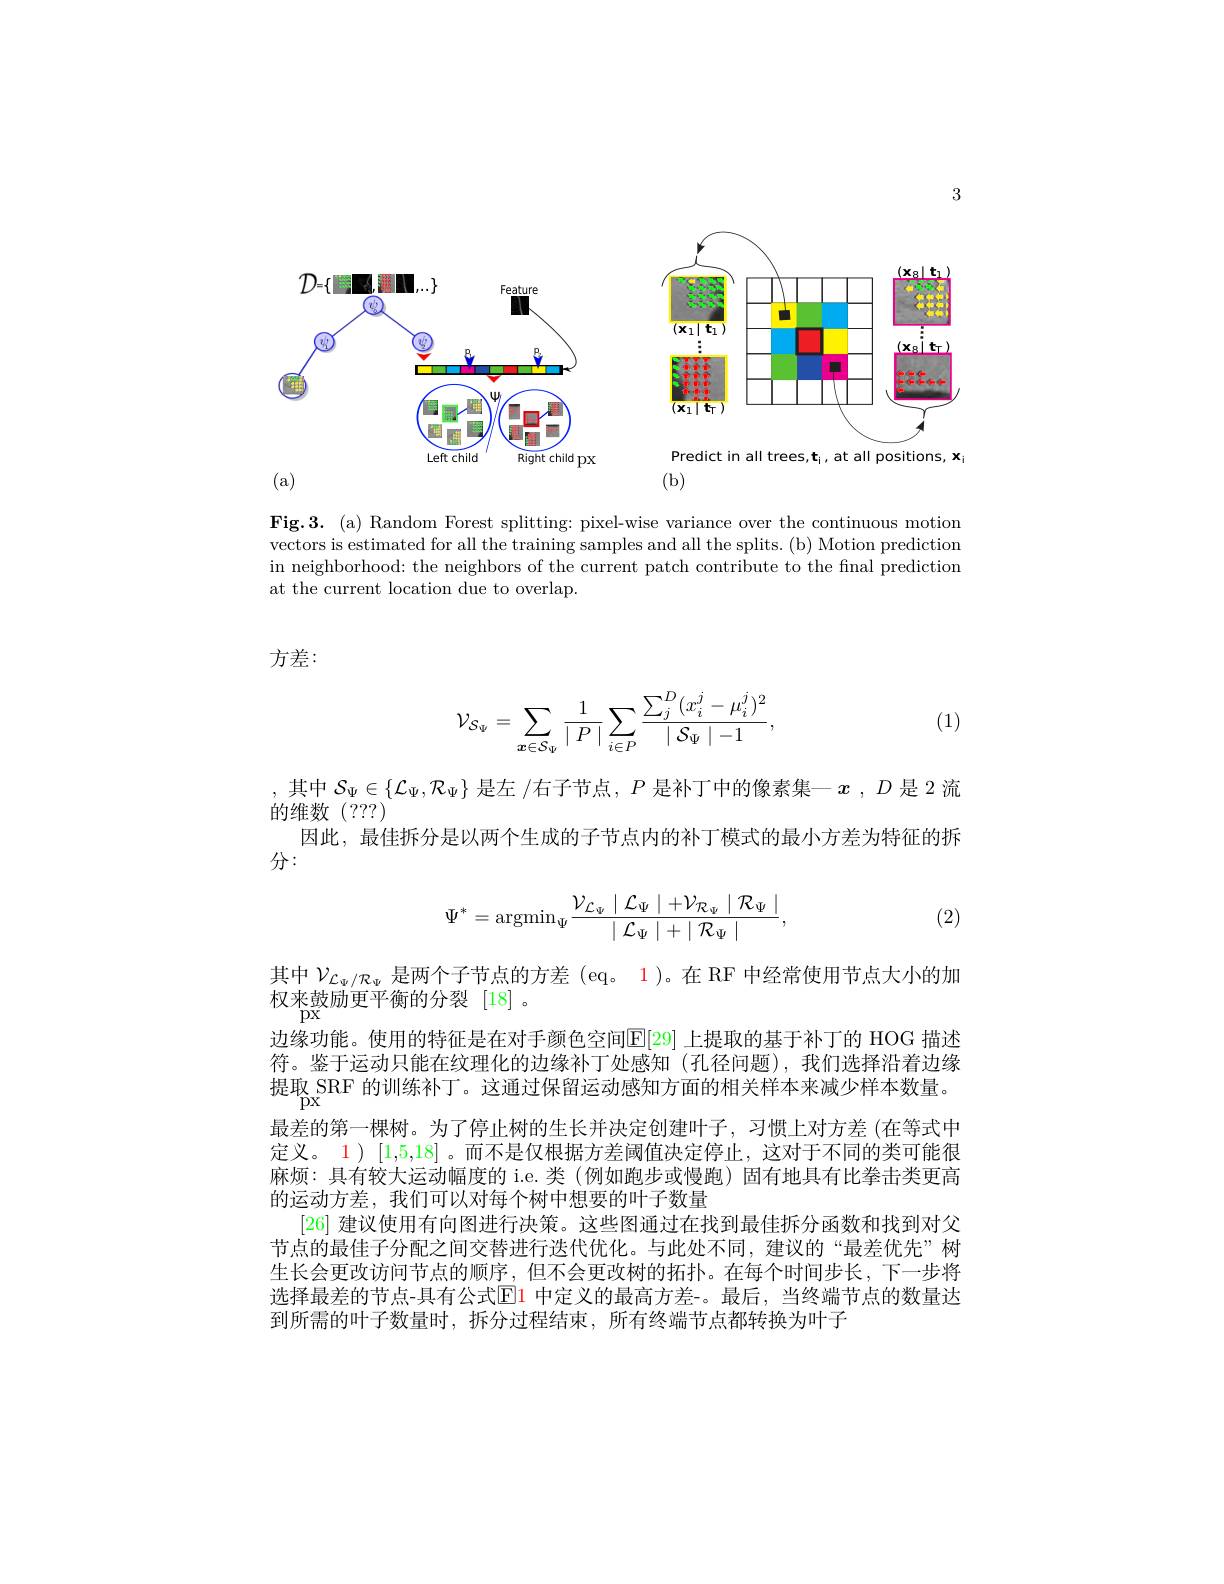
3

<FigureHere>

<FigureHere>
(a)

Predict in all trees,t¡ at all positions, x

(b)

Fig.3. (a) Random Forest splitting: pixel-wise variance over the continuous motion vectors is estimated for all the training samples and all the splits. (b) Motion prediction in neighborhood: the neighbors of the current patch contribute to the final prediction at the current location due to overlap.

方差：

(1)
$$\mathcal{V}_{\mathcal{S}_{\Psi}}=\sum_{{\boldsymbol{x}\in\mathcal{S}_{\Psi}}}\frac{1}{\mid P\mid}\sum_{i\in P}\frac{\sum_{j}^{D}(x_{i}^{j}-\mu_{i}^{j})^{2}}{\mid\mathcal{S}_{\Psi}\mid-1},$$
, 其中 $\mathcal{S}_\Psi\in\{\mathcal{L}_\Psi,\mathcal{R}_\Psi\}$ 是左 /右子节点$,P$ 是补丁中的像素集一$x,D$ 是 2流
的维数(???)
因此，最佳拆分是以两个生成的子节点内的补丁模式的最小方差为特征的拆
分：
$$\Psi^{*}=\operatorname{argmin}_{\Psi}\frac{\mathcal{V}_{\mathcal{L}_{\Psi}}\mid\mathcal{L}_{\Psi}\mid+\mathcal{V}_{\mathcal{R}_{\Psi}}\mid\mathcal{R}_{\Psi}\mid}{\mid\mathcal{L}_{\Psi}\mid+\mid\mathcal{R}_{\Psi}\mid},$$
(2)

其中$\mathcal{V}_{\mathcal{L}_\Psi/\mathcal{R}_\Psi}$是两个子节点的方差 (eq。1)。在 RF 中经常使用节点大小的加
权来鼓励更平衡的分裂[18]。
$PX$
边缘功能。使用的特征是在对手颜色空间$\mathbb{E}[29]$ 上提取的基于补丁的 HOG 描述符。鉴于运动只能在纹理化的边缘补丁处感知(孔径问题),我们选择沿着边缘提取 SRF 的训练补丁。这通过保留运动感知方面的相关样本来减少样本数量。最差的第一棵树。为了停止树的生长并决定创建叶子，习惯上对方差 (在等式中定义。1) [1,5,18] 。而不是仅根据方差阈值决定停止，这对于不同的类可能很麻烦：具有较大运动幅度的 i.e.类 (例如跑步或慢跑)固有地具有比拳击类更高的运动方差，我们可以对每个树中想要的叶子数量
[26]建议使用有向图进行决策。这些图通过在找到最佳拆分函数和找到对父节点的最佳子分配之间交替进行迭代优化。与此处不同，建议的“最差优先”树生长会更改访问节点的顺序，但不会更改树的拓扑。在每个时间步长，下一步将选择最差的节点-具有公式$\color{red}{\mathrm{El}}$1 中定义的最高方差-。最后，当终端节点的数量达到所需的叶子数量时，拆分过程结束，所有终端节点都转换为叶子